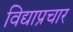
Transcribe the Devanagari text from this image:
विद्याप्रचार